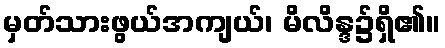
မှတ်သားဖွယ်အကျယ်၊ မိလိန္ဒ၌ရှိ၏။